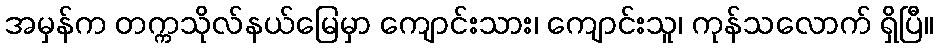
အမှန်က တက္ကသိုလ်နယ်မြေမှာ ကျောင်းသား၊ ကျောင်းသူ၊ ကုန်သလောက် ရှိပြီ။